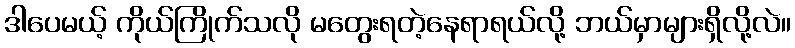
ဒါပေမယ့် ကိုယ်ကြိုက်သလို မတွေးရတဲ့နေရာရယ်လို့ ဘယ်မှာများရှိလို့လဲ။